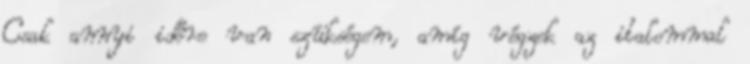
Csak annyi időre van szükségem, amíg végzek az italommal